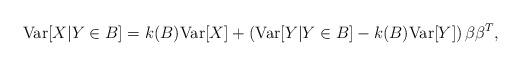
LaTeX: \begin{align*}\textrm{Var}[X | Y\in B]= k(B)\textrm{Var}[X]+\left(\textrm{Var}[Y|Y\in B]-k(B)\textrm{Var}[Y] \right)\beta\beta^{T},\end{align*}